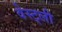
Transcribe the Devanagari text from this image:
वेस्ट्ली